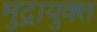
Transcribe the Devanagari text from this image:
मुद्रायुक्त